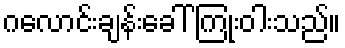
ဂလောင်းချန်းခေါ် ကြုံးဝါးသည်။